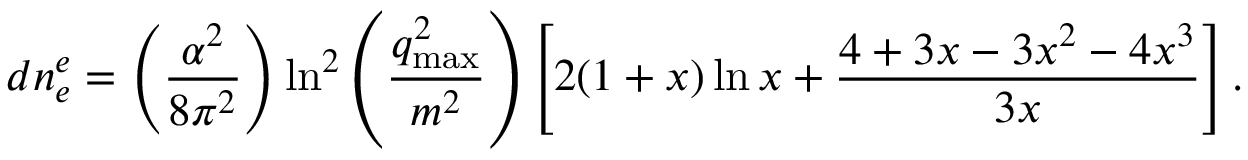
d n _ { e } ^ { e } = \left( \frac { \alpha ^ { 2 } } { 8 \pi ^ { 2 } } \right) \ln ^ { 2 } \left( \frac { q _ { \mathrm { m a x } } ^ { 2 } } { m ^ { 2 } } \right) \left[ 2 ( 1 + x ) \ln x + \frac { 4 + 3 x - 3 x ^ { 2 } - 4 x ^ { 3 } } { 3 x } \right] .